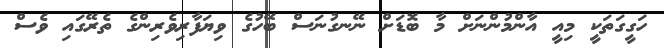
ހަގީގަތަކީ މިއީ އާންމުންނަށް މާ ބޮޑަށް ނޭނގުނަސް ބޭހުގެ ވިޔަފާރިވެރިންގެ ތެރޭގައި ވެސް